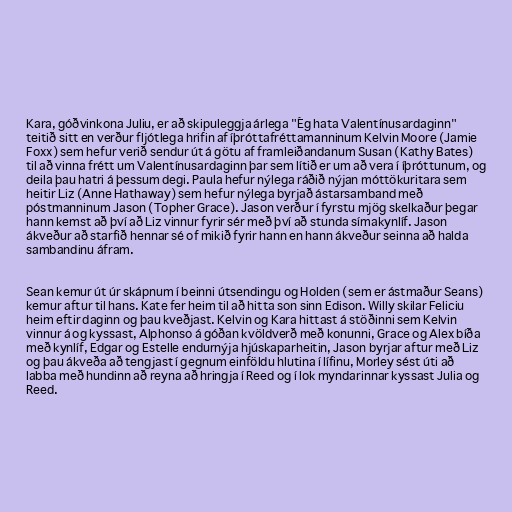
Kara, góðvinkona Juliu, er að skipuleggja árlega "Ég hata Valentínusardaginn"
teitið sitt en verður fljótlega hrifin af íþróttafréttamanninum Kelvin Moore (Jamie
Foxx) sem hefur verið sendur út á götu af framleiðandanum Susan (Kathy Bates)
til að vinna frétt um Valentínusardaginn þar sem lítið er um að vera í íþróttunum, og
deila þau hatri á þessum degi. Paula hefur nýlega ráðið nýjan móttökuritara sem
heitir Liz (Anne Hathaway) sem hefur nýlega byrjað ástarsamband með
póstmanninum Jason (Topher Grace). Jason verður í fyrstu mjög skelkaður þegar
hann kemst að því að Liz vinnur fyrir sér með því að stunda símakynlíf. Jason
ákveður að starfið hennar sé of mikið fyrir hann en hann ákveður seinna að halda
sambandinu áfram.

Sean kemur út úr skápnum í beinni útsendingu og Holden (sem er ástmaður Seans)
kemur aftur til hans. Kate fer heim til að hitta son sinn Edison. Willy skilar Feliciu
heim eftir daginn og þau kveðjast. Kelvin og Kara hittast á stöðinni sem Kelvin
vinnur á og kyssast, Alphonso á góðan kvöldverð með konunni, Grace og Alex bíða
með kynlíf, Edgar og Estelle endurnýja hjúskaparheitin, Jason byrjar aftur með Liz
og þau ákveða að tengjast í gegnum einföldu hlutina í lífinu, Morley sést úti að
labba með hundinn að reyna að hringja í Reed og í lok myndarinnar kyssast Julia og
Reed.